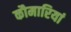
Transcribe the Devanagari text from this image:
कौमारियां